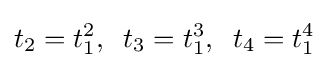
t_{2}=t_{1}^{2},\;\;t_{3}=t_{1}^{3},\;\;t_{4}=t_{1}^{4}